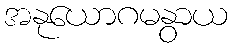
အနုယောဂမနွာယ